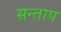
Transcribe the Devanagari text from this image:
सन्‍ताप